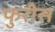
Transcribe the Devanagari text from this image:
फुरीस